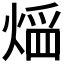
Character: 𤋠